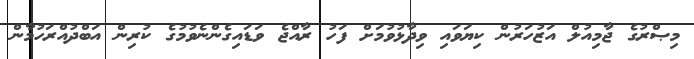
މިޞްރުގެ ޖާމިއުލް އަޒުހަރުން ކިޔަވައި ވިދާޅުވުމަށް ފަހު ރާއްޖެ ވަޑައިގެންނެވުމުގެ ކުރިން އަބްދުއްރަހުމާން